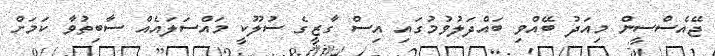
ޖޭއެސްސީން މިއަދު ބޭއްވި ބައްދަލުވުމުގައި އިސް ގާޒީގެ ސުލޫކީ މައްސަލައެއް ސާބިތުވާ ކަމަށް